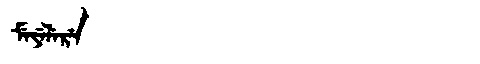
Manchu: ᠮᡝᠶᡝᠯᡝᡵᡝ
Romanization: MEYELERE